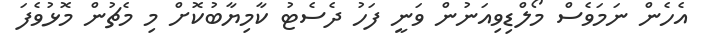
އެހެން ނަމަވެސް މޯލްޑިވިއަނުން ވަނީ ފަހު ދެސެޓު ކާމިޔާބުކޮށް މި މެޗުން މޮޅުވެފަ